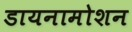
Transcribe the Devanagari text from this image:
डायनामोशन